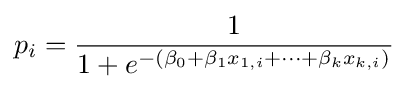
p_{i}={\frac {1}{1+e^{-(\beta _{0}+\beta _{1}x_{1,i}+\cdots +\beta _{k}x_{k,i})}}}